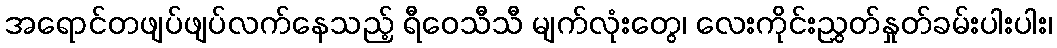
အရောင်တဖျပ်ဖျပ်လက်နေသည့် ရီဝေသီသီ မျက်လုံးတွေ၊ လေးကိုင်းညွှတ်နှုတ်ခမ်းပါးပါး၊